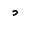
Letter: _dal